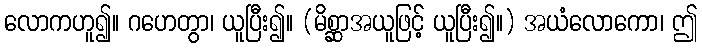
လောကဟူ၍။ ဂဟေတွာ၊ ယူပြီး၍။ (မိစ္ဆာအယူဖြင့် ယူပြီး၍။) အယံလောကော၊ ဤ